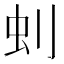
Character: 𠛿